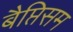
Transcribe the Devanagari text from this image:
बैप्तिसम